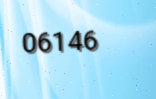
06146